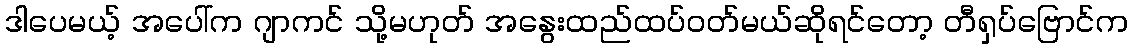
ဒါပေမယ့် အပေါ်က ဂျာကင် သို့မဟုတ် အနွေးထည်ထပ်ဝတ်မယ်ဆိုရင်တော့ တီရှပ်ဗြောင်က